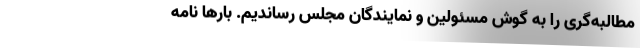
مطالبه‌گری را به گوش مسئولین و نمایندگان مجلس رساندیم. بارها نامه